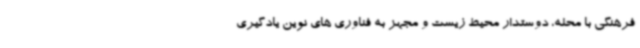
فرهنگی با محله، دوستدار محیط زیست و مجهز به فناوری های نوین یادگیری